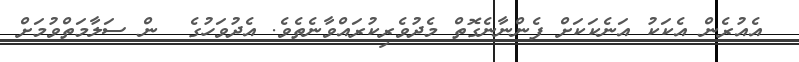
އެއުރެން އެކަކު އަނެކަކަށް ފެންނާނެގޮތް މެދުވެރިކުރައްވާނެތެވެ. އެދުވަހުގެ  ން ސަލާމަތްވުމަށް